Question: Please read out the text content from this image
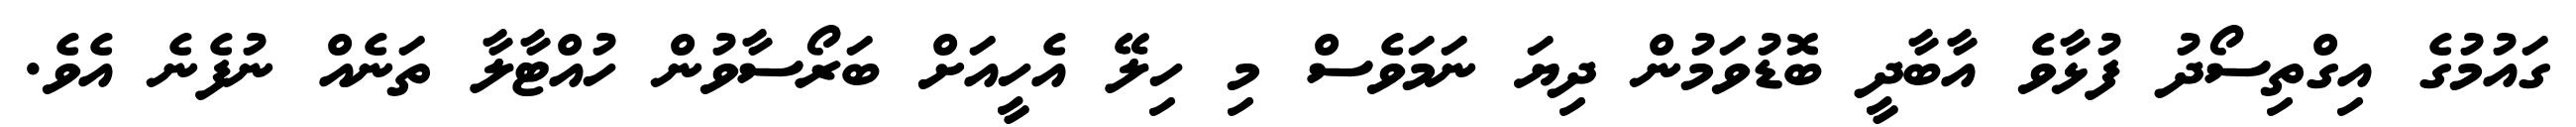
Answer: ގައުމުގެ އިގްތިސޯދު ފުޅާވެ އާބާދީ ބޮޑުވަމުން ދިޔަ ނަމަވެސް މި ހިލޭ އެހީއަށް ބަރޯސާވުން ހުއްޓާލާ ތަނެއް ނުފެނެ އެވެ.